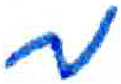
אות: מ